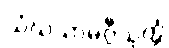
သံဃသာမဂ္ဂီသုတ္တံ